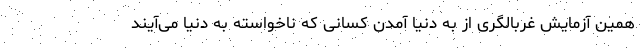
همین آزمایش غربالگری از به دنیا آمدن کسانی که ناخواسته به دنیا می‌آیند